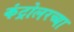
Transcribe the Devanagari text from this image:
कंट्रोलरच्या